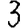
Digit: 3